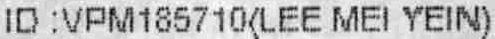
ID :VPM185710<LEE MEI YEIN>